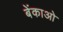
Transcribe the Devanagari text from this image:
बेंकाओ